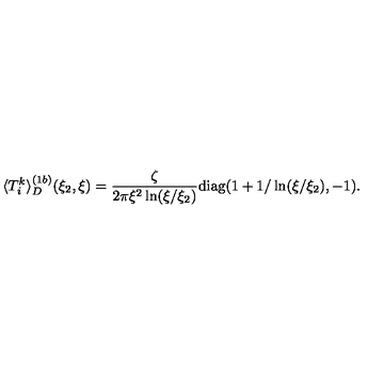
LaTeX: \langle T _ { i } ^ { k } \rangle _ { D } ^ { ( 1 b ) } ( \xi _ { 2 } , \xi ) = \frac { \zeta } { 2 \pi \xi ^ { 2 } \ln ( \xi / \xi _ { 2 } ) } { \mathrm { d i a g } } ( 1 + 1 / \ln ( \xi / \xi _ { 2 } ) , - 1 ) .